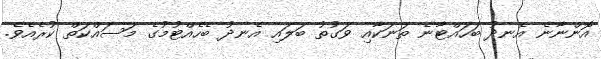
އޮންނާނެ އެނދު ބަހައްޓާނެ ތަނަކާއި ވަގުތު ބަލައި އެނދު ބެހެއްޓުމުގެ މަސައްކަތް ކުރެއެވެ.